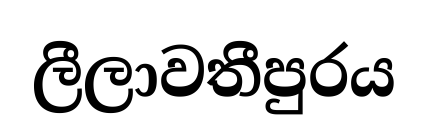
ලීලාවතීපුරය